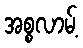
အစ္စလာမ့်